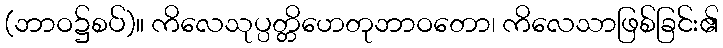
(ဘာဝ၌စပ်)။ ကိလေသုပ္ပတ္တိဟေတုဘာဝတော၊ ကိလေသာဖြစ်ခြင်း၏